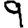
Digit: 9